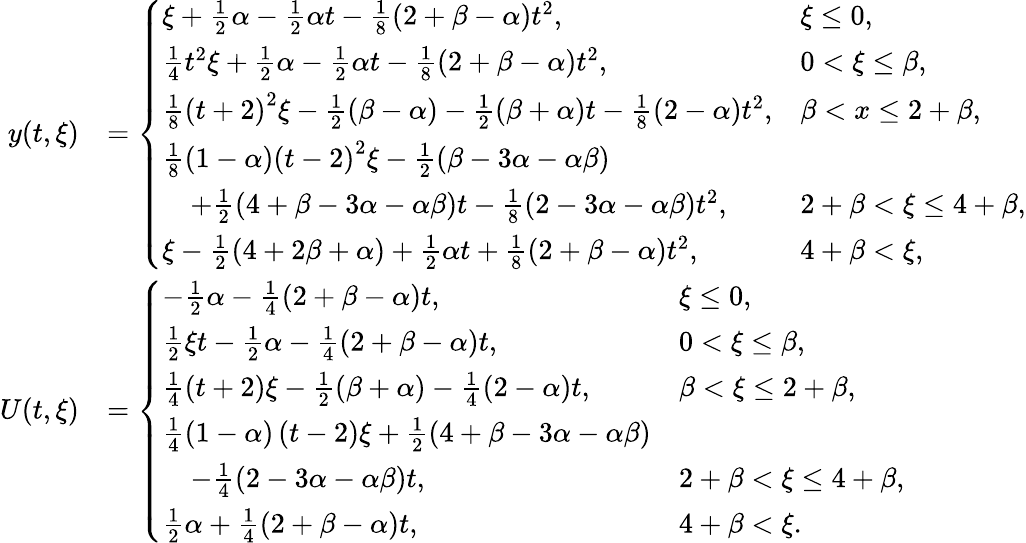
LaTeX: \begin{array}{rl}{y(t,\xi)}&{=\left\{ \begin{array}{ll}{\xi+\frac 12\alpha-\frac 12\alpha t-\frac 18\left(2+\beta-\alpha\right)t^{2},}&{\xi\leq 0,}\\ {\frac{1}{4}t^{2}\xi+\frac 12\alpha-\frac 12\alpha t-\frac 18\left(2+\beta-\alpha\right)t^{2},}&{0<\xi\leq\beta,}\\ {\frac{1}{8}\left(t+2\right)^{2}\xi-\frac 12(\beta-\alpha)-\frac 12(\beta+\alpha)t-\frac 18(2-\alpha)t^{2},}&{\beta<x\leq 2+\beta,}\\ {\frac{1}{8}\left(1-\alpha\right)\left(t-2\right)^{2}\xi-\frac 12(\beta-3\alpha-\alpha\beta)}\\ {\quad+\frac 12(4+\beta-3\alpha-\alpha\beta)t-\frac 18(2-3\alpha-\alpha\beta)t^{2},}&{2+\beta<\xi\leq 4+\beta,}\\ {\xi-\frac 12(4+2\beta+\alpha)+\frac 12\alpha t+\frac 18\left(2+\beta-\alpha\right)t^{2},}&{4+\beta<\xi,}\end{array}\right.}\\ {U(t,\xi)}&{=\left\{ \begin{array}{ll}{-\frac{1}{2}\alpha-\frac 14\left(2+\beta-\alpha\right)t,}&{\xi\leq 0,}\\ {\frac{1}{2}\xi t-\frac{1}{2}\alpha-\frac 14\left(2+\beta-\alpha\right)t,}&{0<\xi\leq\beta,}\\ {\frac{1}{4}\left(t+2\right)\xi-\frac 12(\beta+\alpha)-\frac 14(2-\alpha)t,}&{\beta<\xi\leq 2+\beta,}\\ {\frac{1}{4}\left(1-\alpha\right)\left(t-2\right)\xi+\frac 12(4+\beta-3\alpha-\alpha\beta)}\\ {\quad-\frac 14(2-3\alpha-\alpha\beta)t,}&{2+\beta<\xi\leq 4+\beta,}\\ {\frac{1}{2}\alpha+\frac 14\left(2+\beta-\alpha\right)t,}&{4+\beta<\xi.}\end{array}\right.}\end{array}